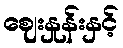
ဈေးနှုန်းနှင့်